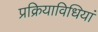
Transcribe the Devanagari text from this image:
प्रक्रियाविधियां